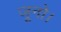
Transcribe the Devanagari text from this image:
जूनो।